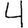
Digit: 4